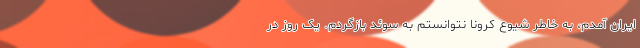
ایران آمدم، به خاطر شیوع کرونا نتوانستم به سوئد بازگردم. یک روز در